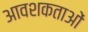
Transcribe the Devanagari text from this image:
आवशकताओं